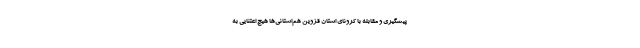
پیشگیری و مقابله با کرونای استان قزوین هم‌استانی‌ها هیچ اعتنایی به